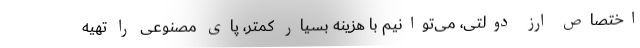
اختصاص ارز دولتی، می‌توانیم با هزینه بسیار کمتر، پای مصنوعی را تهیه